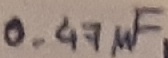
Text: 0.47µF